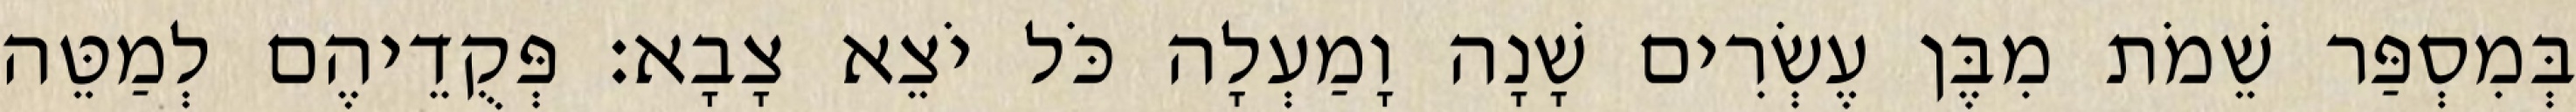
בְּמִסְפַּר שֵׁמֹת מִבֶּן עֶשְׂרִים שָׁנָה וָמַעְלָה כֹּל יֹצֵא צָבָא׃ פְּקֻדֵיהֶם לְמַטֵּה